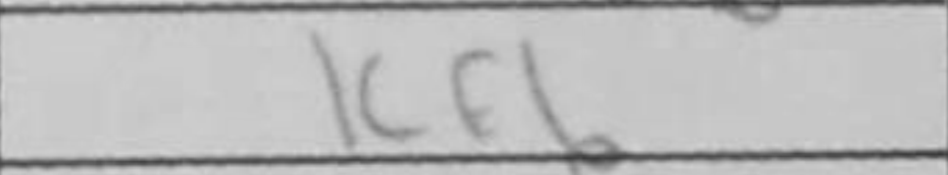
Transcription: Kf6